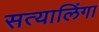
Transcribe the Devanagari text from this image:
सत्यालिंगा